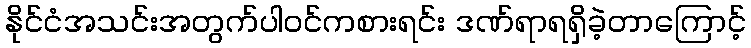
နိုင်ငံအသင်းအတွက်ပါဝင်ကစားရင်း ဒဏ်ရာရရှိခဲ့တာကြောင့်